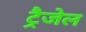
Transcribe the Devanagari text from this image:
ट्रैजेल